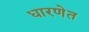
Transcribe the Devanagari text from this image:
धारणेत